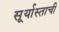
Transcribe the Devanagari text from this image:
सू्र्यास्ताची